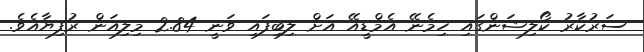
ސަރުކާރު ކޯލިޝަންގައި ހިމެނޭ އެމްޑީއޭ އަށް ލިބިފައި ވަނީ 2.84 މިލިއަން ރުފިޔާއެވެ.